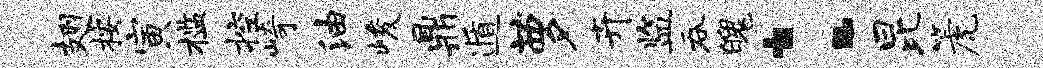
翅按寅槛控崎油峻鼎遁萝卉监吞魄：昆篪